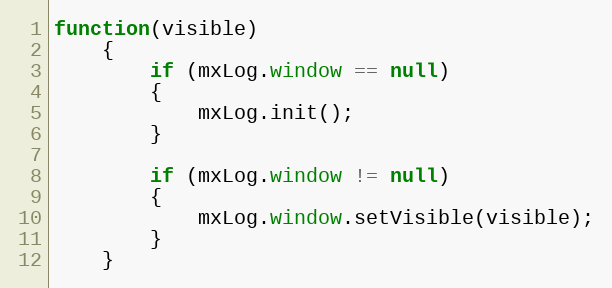
Language: JavaScript
function(visible)
	{
		if (mxLog.window == null)
		{
			mxLog.init();
		}

		if (mxLog.window != null)
		{
			mxLog.window.setVisible(visible);
		}
	}